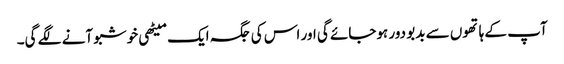
آپ کے ہاتھوں سے بدبو دور ہوجائے گی اور اس کی جگہ ایک میٹھی خوشبو آنے لگے گی۔